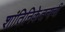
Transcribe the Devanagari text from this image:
शांतिनिकेतनाची